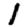
Digit: 1